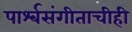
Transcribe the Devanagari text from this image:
पार्श्‍वसंगीताचीही